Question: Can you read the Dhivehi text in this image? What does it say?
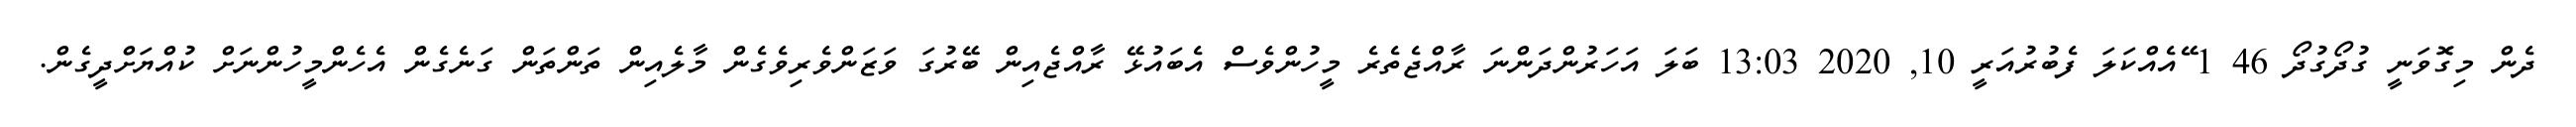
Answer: ދެން މިގޮވަނީ ގުދޯގުދޯ 46 1 ޭއެއްކަލަ ފެބުރުއަރީ 10, 2020 13:03 ބަލަ އަހަރުންދަންނަ ރާއްޖެތެރެ މީހުންވެސް އެބައުޅޭ ރާއްޖެއިން ބޭރުގަ ވަޒަންވެރިވެގެން މާލެއިން ތަންތަން ގަނެގެން އެހެންމީހުންނަށް ކުއްޔަށްދީގެން.